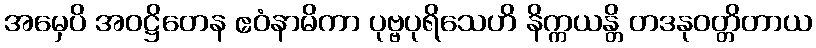
အမှေပိ အဝဋ္ဌိတေန ဧဝံနာမိကာ ပုဗ္ဗပုရိသေဟိ နိက္ကယန္တိ တဒနုဝတ္တိတာယ